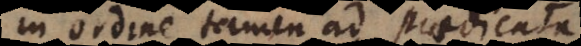
in ordine tamen ad praedicata